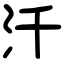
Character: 汘